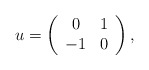
\begin{align*} u = \left( \begin{array}{cc} 0 & 1 \\ -1 & 0 \end{array} \right) ,\end{align*}